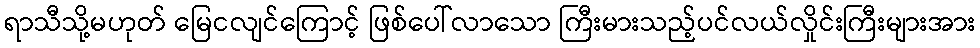
ရာသီသို့မဟုတ် မြေငလျင်ကြောင့် ဖြစ်ပေါ်လာသော ကြီးမားသည့်ပင်လယ်လှိုင်းကြီးများအား